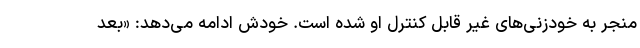
منجر به خودزنی‌های غیر قابل کنترل او شده است. خودش ادامه می‌دهد: «بعد